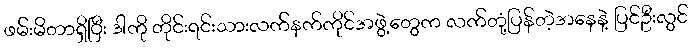
ဖမ်းမိတာရှိပြီး ဒါကို တိုင်းရင်းသားလက်နက်ကိုင်အဖွဲ့တွေက လက်တုံ့ပြန်တဲ့အနေနဲ့ ပြင်ဦးလွင်